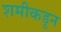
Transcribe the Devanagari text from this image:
शमीकडून